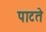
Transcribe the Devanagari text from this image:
पाटते